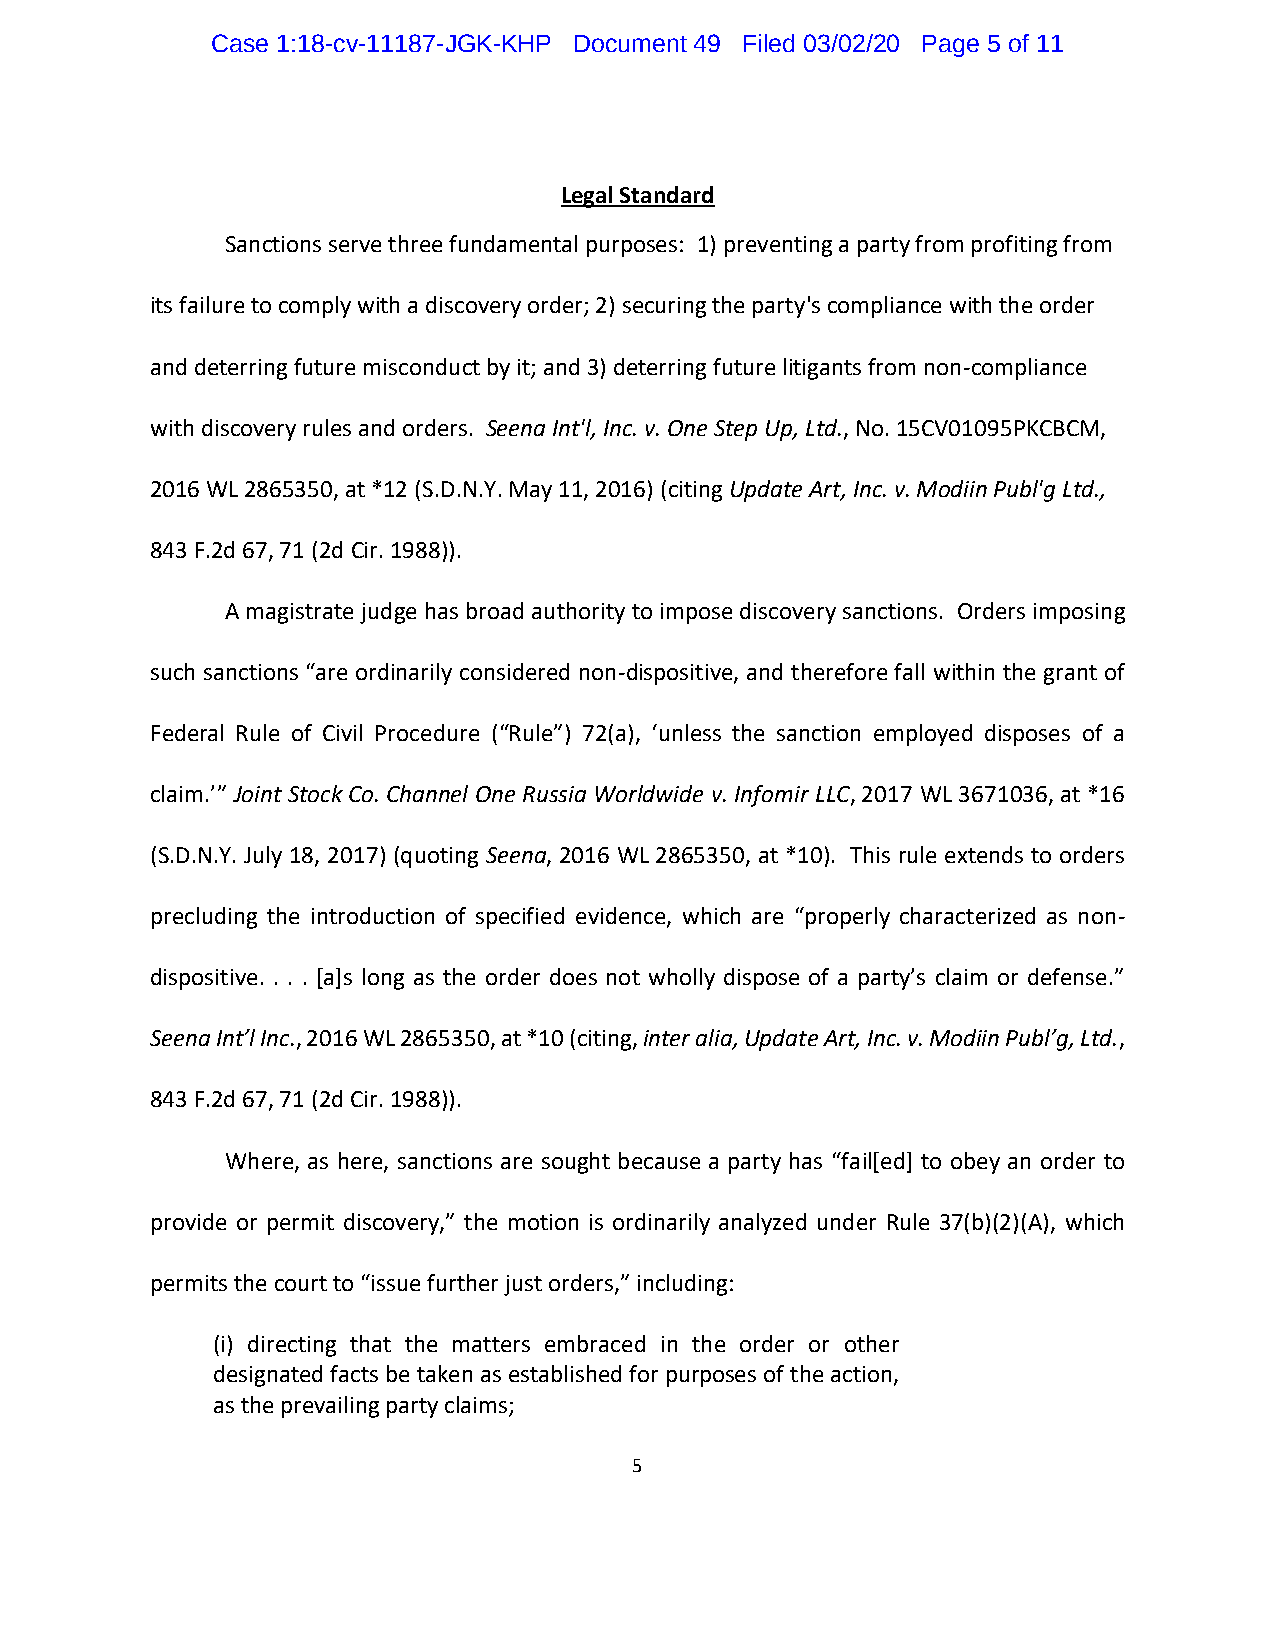
Case 1:18-cv-11187-JGK-KHP Document 49 Filed 03/02/20 Page 5 of 11
 Legal Standard
 Sanctions serve three fundamental purposes: 1) preventing a party from profiting from
 its failure to comply with a discovery order; 2) securing the party's compliance with the order
 and deterring future misconduct by it; and 3) deterring future litigants from non-compliance
 with discovery rules and orders. Seena Int'l, Inc. v. One Step Up, Ltd., No. 15CV01095PKCBCM,
 2016 WL 2865350, at *12 (S.D.N.Y. May 11, 2016) (citing Update Art, Inc. v. Modiin Publ'g Ltd.,
 843 F.2d 67, 71 (2d Cir. 1988)).
 A magistrate judge has broad authority to impose discovery sanctions. Orders imposing
 such sanctions “are ordinarily considered non-dispositive, and therefore fall within the grant of
 Federal Rule of Civil Procedure (“Rule”) 72(a), ‘unless the sanction employed disposes of a
 claim.’” Joint Stock Co. Channel One Russia Worldwide v. Infomir LLC, 2017 WL 3671036, at *16
 (S.D.N.Y. July 18, 2017) (quoting Seena, 2016 WL 2865350, at *10). This rule extends to orders
 precluding the introduction of specified evidence, which are “properly characterized as non-
 dispositive. . . . [a]s long as the order does not wholly dispose of a party’s claim or defense.”
 Seena Int’l Inc., 2016 WL 2865350, at *10 (citing, inter alia, Update Art, Inc. v. Modiin Publ’g, Ltd.,
 843 F.2d 67, 71 (2d Cir. 1988)).
 Where, as here, sanctions are sought because a party has “fail[ed] to obey an order to
 provide or permit discovery,” the motion is ordinarily analyzed under Rule 37(b)(2)(A), which
 permits the court to “issue further just orders,” including:
 (i) directing that the matters embraced in the order or other
 designated facts be taken as established for purposes of the action,
 as the prevailing party claims;
 5